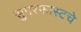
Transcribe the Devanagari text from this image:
सुपरफास्टचे